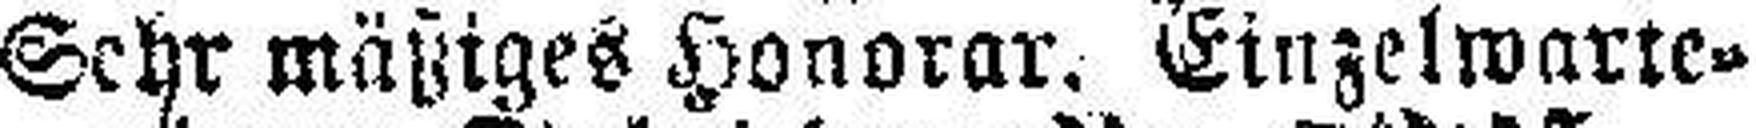
Sehr mäßiges Honorar. Einzelwarte.